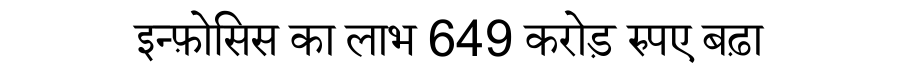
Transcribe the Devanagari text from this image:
इन्फ़ोसिस का लाभ 649 करोड़ रुपए बढ़ा